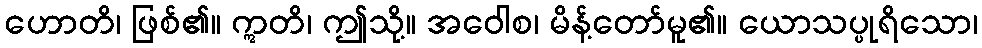
ဟောတိ၊ ဖြစ်၏။ ဣတိ၊ ဤသို့။ အဝေါစ၊ မိန့်တော်မူ၏။ ယောသပ္ပုရိသော၊